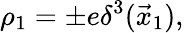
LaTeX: \rho_{1}=\pm e\delta^{3}(\vec{x}_{1}),